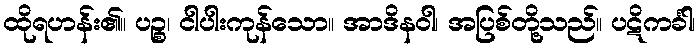
ထိုရဟန်း၏။ ပဉ္စ၊ ငါပါးကုန်သော။ အာဒိနဝါ၊ အပြစ်တို့သည်။ ပဋိကင်္ခါ၊